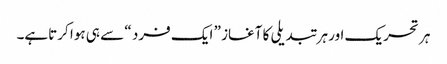
ہر تحریک اور ہر تبدیلی کا آغاز ” ایک فرد “ سے ہی ہوا کرتاہے۔